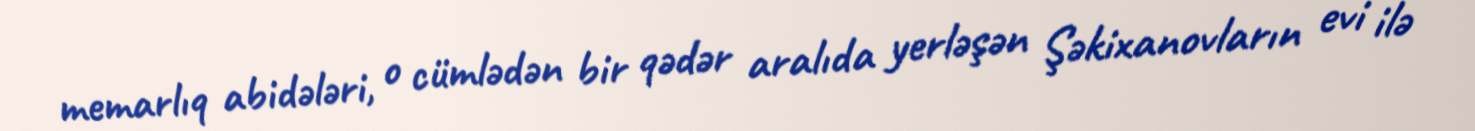
memarlıq abidələri, o cümlədən bir qədər aralıda yerləşən Şəkixanovların evi ilə